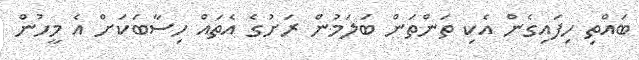
ބައްތި ހިފައިގެން އެކި ތަންތަން ބަލަމުން ރަށުގެ އެތައް ހިސާބަކަށް އެ މީހުން